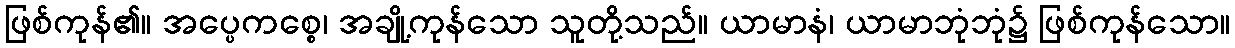
ဖြစ်ကုန်၏။ အပ္ပေကစ္စေ၊ အချို့ကုန်သော သူတို့သည်။ ယာမာနံ၊ ယာမာဘုံဘုံ၌ ဖြစ်ကုန်သော။